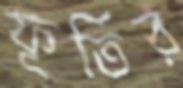
ফূর্তির